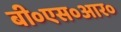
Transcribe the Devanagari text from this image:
बी०एस०आर०